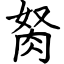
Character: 胬